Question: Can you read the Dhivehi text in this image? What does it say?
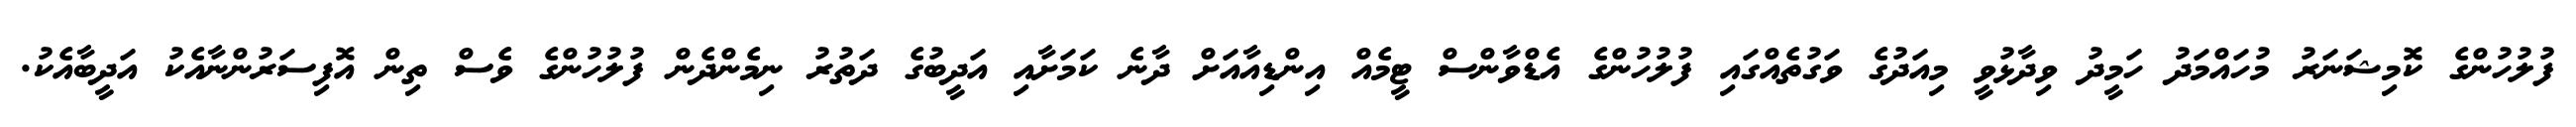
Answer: ފުލުހުންގެ ކޮމިޝަނަރު މުހައްމަދު ހަމީދު ވިދާޅުވީ މިއަދުގެ ވަގުތެއްގައި ފުލުހުންގެ އެޑްވާންސް ޓީމެއް އިންޑިއާއަށް ދާނެ ކަމަށާއި އަދީބުގެ ދަތުރު ނިމެންދެން ފުލުހުންގެ ވެސް ތިން އޮފިސަރުންނާއެކު އަދީބާއެކު.